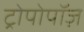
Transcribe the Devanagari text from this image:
ट्रोपोपॉज़